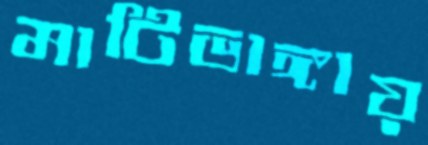
মাটিভাঙ্গায়